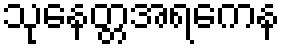
သုနေတ္တအရကေန